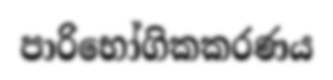
පාරිභෝගිකකරණය